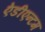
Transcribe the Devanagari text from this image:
ऐडीएन्टम